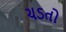
ચડતો